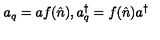
a _ { q } = a f ( \hat { n } ) , a _ { q } ^ { \dag } = f ( \hat { n } ) a ^ { \dag }